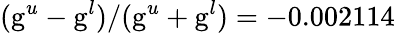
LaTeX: (\mathrm{g}^{u}-\mathrm{g}^{l})/(\mathrm{g}^{u}+\mathrm{g}^{l})=-0.002114